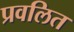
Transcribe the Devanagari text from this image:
प्रवलित